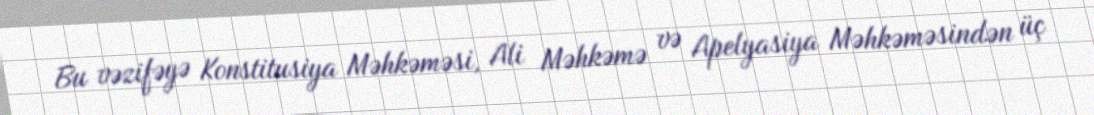
Bu vəzifəyə Konstitusiya Məhkəməsi, Ali Məhkəmə və Apelyasiya Məhkəməsindən üç